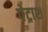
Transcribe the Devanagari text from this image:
पेट्राश